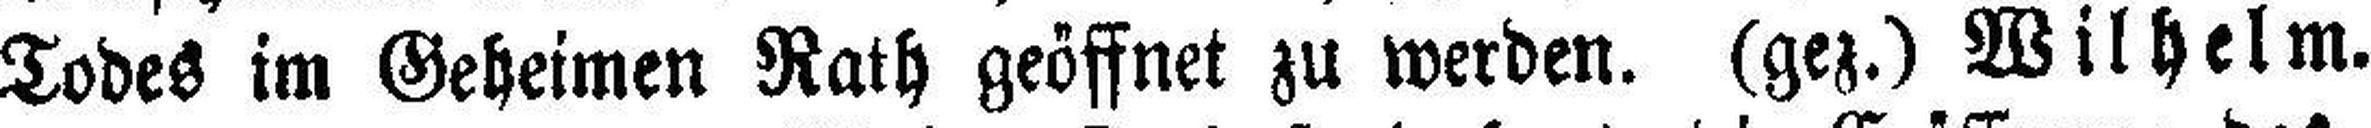
Todes im Geheimen Rath geöffnet zu werden. (gez.) Wilhelm.